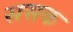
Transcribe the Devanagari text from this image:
ससक